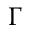
\Gamma \,